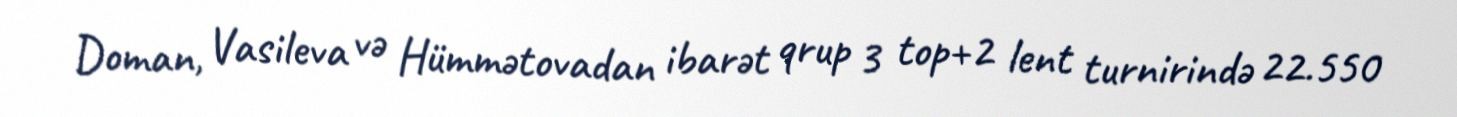
Doman, Vasileva və Hümmətovadan ibarət qrup 3 top+2 lent turnirində 22.550